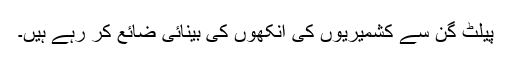
پیلٹ گن سے کشمیریوں کی آنکھوں کی بینائی ضائع کر رہے ہیں۔